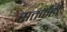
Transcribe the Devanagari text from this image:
सतर्कही